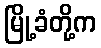
မြို့ခံတို့က